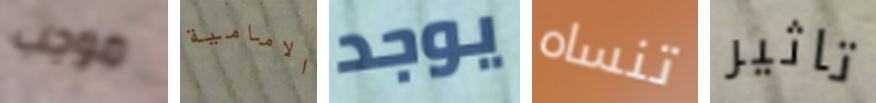
موجب الامامية يوجد تنساه تاثير